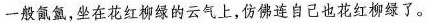
一般氤氲，坐在花红柳绿的云气上，仿佛连自己也花红柳绿了。